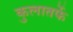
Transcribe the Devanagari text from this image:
कुलातर्फे